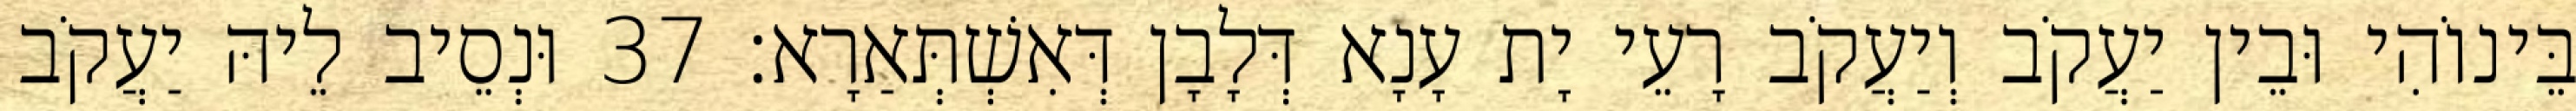
בֵּינוֹהִי וּבֵין יַעֲקֹב וְיַעֲקֹב רָעֵי יָת עָנָא דְּלָבָן דְּאִשְׁתְּאַרָא׃ 37 וּנְסֵיב לֵיהּ יַעֲקֹב